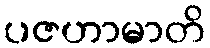
ပဇဟာမာတိ